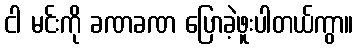
ငါ မင်းကို ခဏခဏ ပြောခဲ့ဖူးပါတယ်ကွာ။